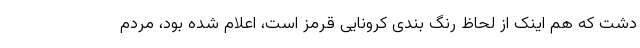
دشت که هم اینک از لحاظ رنگ بندی کرونایی قرمز است، اعلام شده بود، مردم